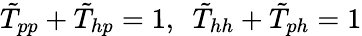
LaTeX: \begin{array}{r}{\tilde{T}_{pp}+\tilde{T}_{hp}=1,~~\tilde{T}_{hh}+\tilde{T}_{ph}=1}\end{array}